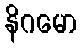
နိဂမော